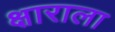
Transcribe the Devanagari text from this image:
क्षाराला